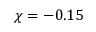
\chi = - 0 . 1 5